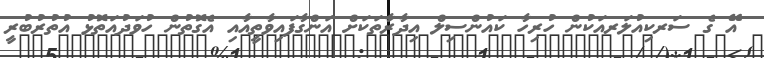
އޭ ގެ ސަރކިއުލަރއަކުން ހުރިހާ ކައުންސިލް އިދާރާތަކަށް އަންގާފައިވާތީއާއި އެގޮތުން ހުވަދުއަތޮޅު އުތުރުބުރީ